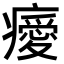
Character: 𤻅